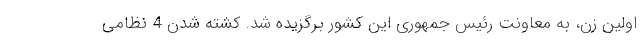
اولین زن، به معاونت رئیس جمهوری این کشور برگزیده شد. کشته شدن 4 نظامی